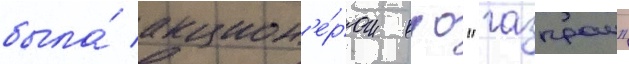
была́ акцион'е́ром оао "газпром"